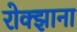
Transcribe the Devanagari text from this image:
रोक्झाना